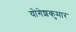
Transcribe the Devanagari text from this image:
योगेशकुमार